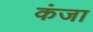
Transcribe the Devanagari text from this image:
कंजा